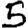
Digit: 5